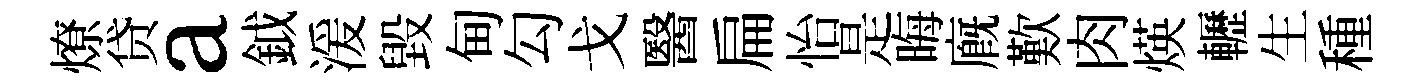
燎贷a鉞湲毀甸勾戈醫扁怡是晦廐歎肉煐轣生種